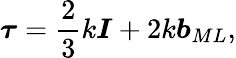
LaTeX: \boldsymbol{\tau}=\frac 23k\boldsymbol{I}+2k\boldsymbol{b}_{ML},